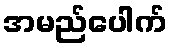
အမည်ပေါက်